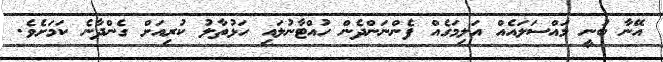
އޭނާ ބުނީ މައްސަލައެއް އަލިމަގެއް ފެންނަންދެން ހުއްޓާނުލައި ހަޅުތާލު ކުރިއަށް ގެންދާނެ ކަމަށެވެ.